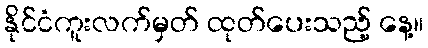
နိုင်ငံကူးလက်မှတ် ထုတ်ပေးသည့် နေ့။